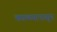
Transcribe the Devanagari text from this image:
काळ्यापासून